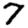
Digit: 7